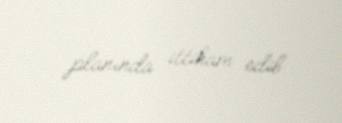
planında ittiham edib.